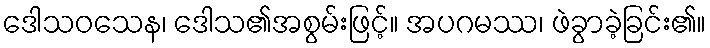
ဒေါသဝသေန၊ ဒေါသ၏အစွမ်းဖြင့်။ အပဂမဿ၊ ဖဲခွာခဲ့ခြင်း၏။